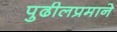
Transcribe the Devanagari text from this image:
पुढीलप्रमाने